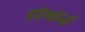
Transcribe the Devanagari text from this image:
हॉथॉर्न